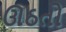
ઊઠતો